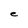
Character: e